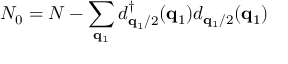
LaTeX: N _ { 0 } = N - \sum _ { { \bf { q } } _ { 1 } } d _ { { \bf { q } } _ { 1 } / 2 } ^ { \dagger } ( { \bf { q } } _ { 1 } ) d _ { { \bf { q } } _ { 1 } / 2 } ( { \bf { q } } _ { 1 } )